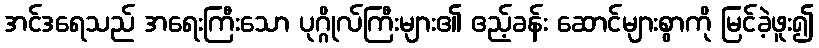
အင်ဒရေသည် အရေးကြီးသော ပုဂ္ဂိုလ်ကြီးများ၏ ဧည့်ခန်း ဆောင်များစွာကို မြင်ခဲ့ဖူး၍